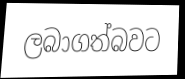
ලබාගත්බවට